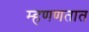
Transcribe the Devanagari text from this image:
म्हणणतात